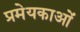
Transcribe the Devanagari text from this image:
प्रमेयकाओं